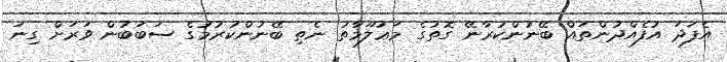
އެފަދަ އުފެއްދުންތައް ބޭނުންކުރާނޭ ގޮތުގެ މަޢުލޫމާތު ނެތި ބޭނުންކުރުމުގެ ސަބަބުން ވަރަށް ގިނަ